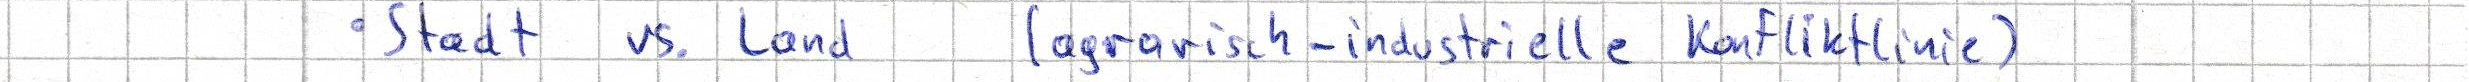
- Stadt vs. Land (agrarische-industrielle Konfliktlinie)